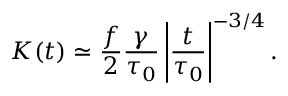
K ( t ) \simeq \frac { f } { 2 } \frac { \gamma } { \tau _ { 0 } } \left| \frac { t } { \tau _ { 0 } } \right| ^ { - 3 / 4 } .